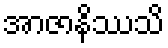
အာဇာနိဿသိ